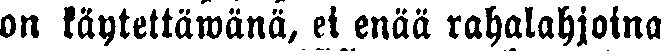
on käytettäwänä, ei enää rahalahjoina